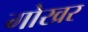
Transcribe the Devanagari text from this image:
गोखर